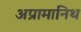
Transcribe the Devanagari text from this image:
अप्रामानिथ